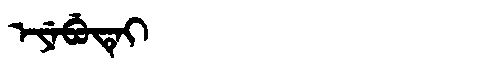
Manchu: ᡝᠶᡝᠪᡠᡨᡝᡳ
Romanization: EYEBUTEI